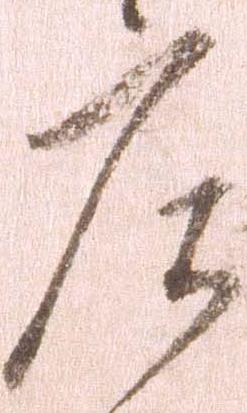
庄